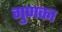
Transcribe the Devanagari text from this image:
गुणका